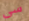
سى